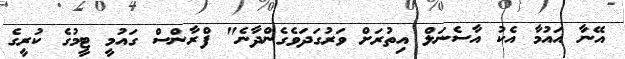
އޭނާ އައުމާ އެކު އާސެނަލް އިތުރަށް ވަރުގަދަވެގެންދާނެ" ފްރާންސް ގައުމީ ޓީމުގެ ކުރީގެ